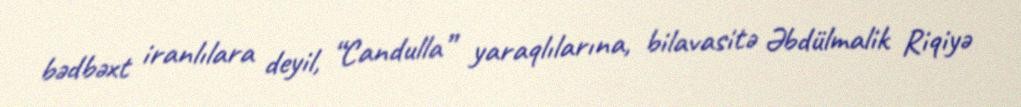
bədbəxt iranlılara deyil, “Candulla” yaraqlılarına, bilavasitə Əbdülmalik Riqiyə